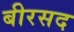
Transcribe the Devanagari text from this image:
बीरसद